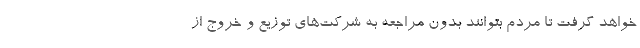
خواهد گرفت تا مردم بتوانند بدون مراجعه به شرکت‌های توزیع و خروج از